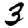
Digit: 3